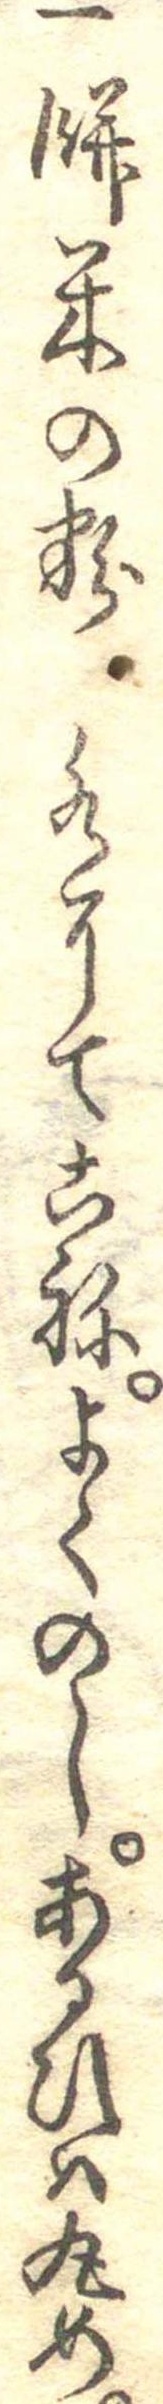
一餅米の粉水にてこねよくのしあるひは丸め